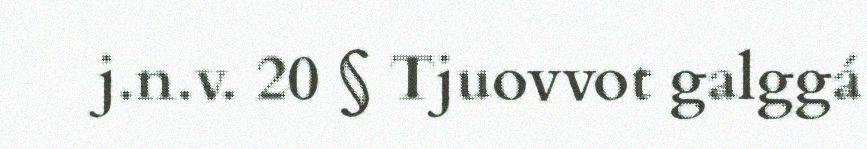
j.n.v. 20 § Tjuovvot galggá